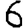
Digit: 6